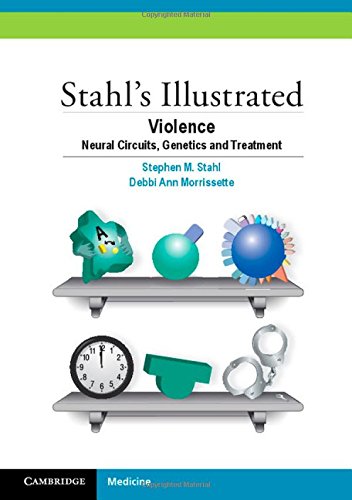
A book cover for Stahl's Illustrated Violence: Neural Circuits, Genetics and Treatment; Stephen M. Stahl; Medical Books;